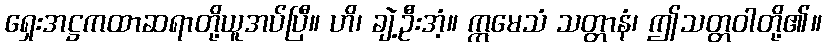
ရှေးအဋ္ဌကထာဆရာတို့ယူအပ်ပြီ။ ဟိ၊ ချဲ့ဦးအံ့။ ဣမေသံ သတ္တာနံ၊ ဤသတ္တဝါတို့၏။